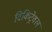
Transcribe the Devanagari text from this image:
विकिट्रेवल